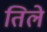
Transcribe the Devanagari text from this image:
तिले